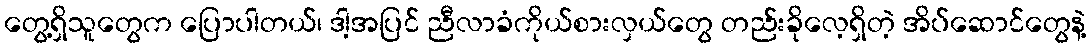
တွေ့ရှိသူတွေက ပြောပါတယ်၊ ဒါ့အပြင် ညီလာခံကိုယ်စားလှယ်တွေ တည်းခိုလေ့ရှိတဲ့ အိပ်ဆောင်တွေနဲ့